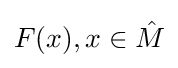
F(x),x\in {\hat {M}}